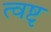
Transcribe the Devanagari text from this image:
त्वष्टृ